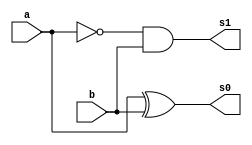
// ------------------------- 
// Exemplo0022  
// Nome: Pedro Ballona 
// ------------------------- 
 
// ------------------------- 
//  meia Soma 
// ------------------------- 
module meiaSubtracao (output s0,	 output s1,  
                               input a,  
                               input b); 
 
// descrever por portas



and(s1,~a,b);
xor(s0,a,b);


 
endmodule // fullSubtrator


// ------------------------- 
//  full subtrator 
// ------------------------- 
module fullSubtrator (output s0,	 output s1,  
                               input a,  
                               input b,  
                               input borrowIn); 
 
// descrever por portas
wire meiaSubtracao1[0:1];
wire meiaSubtracao2[0:1];

meiaSubtracao porta1(meiaSubtracao1[1],meiaSubtracao1[0],a,b);
meiaSubtracao porta2(meiaSubtracao2[1],meiaSubtracao2[0],meiaSubtracao1[1],borrowIn);

assign s0 = meiaSubtracao2[1];
or(s1,meiaSubtracao1[0],meiaSubtracao2[0]);
 
endmodule // fullSubtrator 
 
module test_fullSubtrator; 
// ------------------------- definir dados 
     
		reg [5:0] x; 
      reg [5:0] y; 
      //reg  borrow;		 
      wire [5:0] subtracao;
		wire borrow;
		wire borrow2;
		wire borrow3;
		wire borrow4;
		wire borrow5;
		wire borrow6;		
		
		
		meiaSubtracao subtracao0(subtracao[0],borrow,x[0],y[0]);
		fullSubtrator subtracao1(subtracao[1],borrow2,x[1],y[1],borrow);
		fullSubtrator subtracao2(subtracao[2],borrow3,x[2],y[2],borrow2);
		fullSubtrator subtracao3(subtracao[3],borrow4,x[3],y[3],borrow3);
		fullSubtrator subtracao4(subtracao[4],borrow5,x[4],y[4],borrow4);
		fullSubtrator subtracao5(subtracao[5],borrow6,x[5],y[5],borrow5);				
 
// ------------------------- parte principal 
 initial begin 
      $display("Exemplo0022 - Pedro Ballona - 427455"); 
      $display("Test ALUs full adder");
		x = 6'b00011; y = 6'b00011;
 		#1 $display("%b",subtracao);
 
 // projetar testes do subtracaodor complete 
 
 end 
 
endmodule // test_fullSubtrator